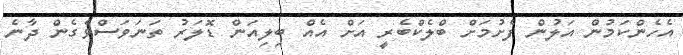
އެހެންކަމުން އަލުން ފެށުމަށް ބްލެކްބެރީ އަށް އެއް ބިލިއަން ޑޮލަރު ތަނަވަސްވެގެން ދާނެ